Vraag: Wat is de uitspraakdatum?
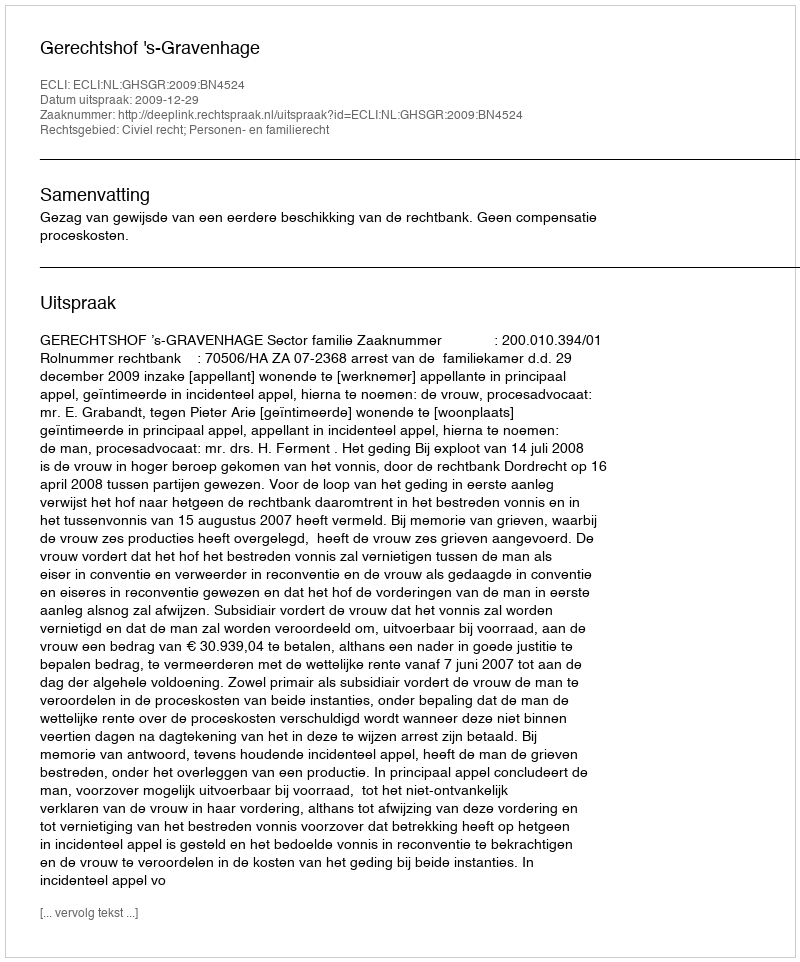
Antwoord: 2009-12-29